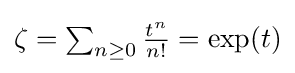
\textstyle \zeta =\sum _{n\geq 0}{\frac {t^{n}}{n!}}=\exp(t)